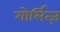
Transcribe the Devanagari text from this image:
गोर्लित्ज़